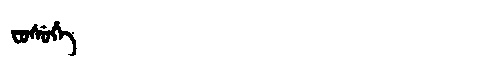
Manchu: ᠸᡠᠰᡠᡥᡝ
Romanization: FUSUHE